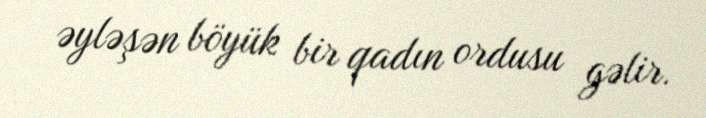
əyləşən böyük bir qadın ordusu gəlir.